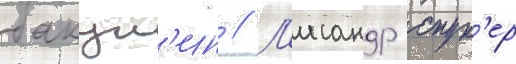
бакун'ин // Л'исандр спун'ер